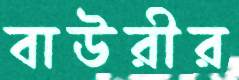
বাউরীর